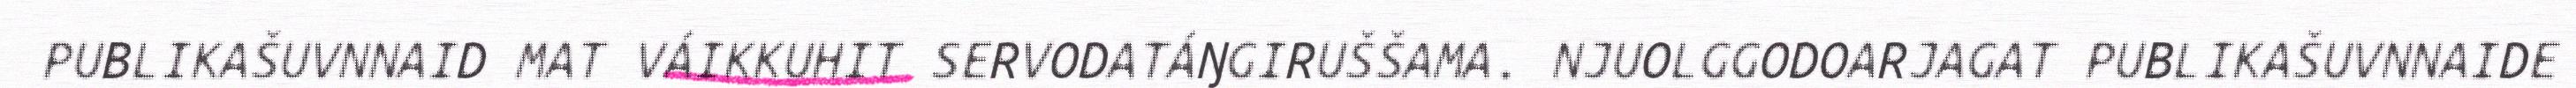
PUBLIKAŠUVNNAID MAT VÁIKKUHIT SERVODATÁŊGIRUŠŠAMA. NJUOLGGODOARJAGAT PUBLIKAŠUVNNAIDE